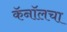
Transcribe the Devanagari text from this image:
कॅनॉलचा